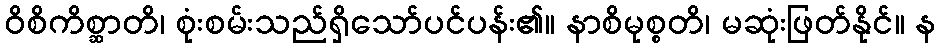
ဝိစိကိစ္ဆာတိ၊ စုံးစမ်းသည်ရှိသော်ပင်ပန်း၏။ နာစိမုစ္စတိ၊ မဆုံးဖြတ်နိုင်။ န